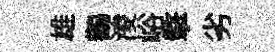
雄鸛淩峪擎劣